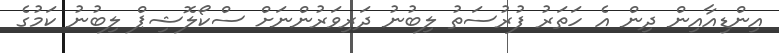
އިންޑިއާއިން ދިން އެ ހަތަރު ފުރުސަތު ލިބުނު ދަރިވަރުންނަށް ސްކޯލޮޝިޕް ލިބުނު ކަމުގެ